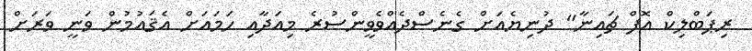
ރިޕަބްލިކް އޮފް ޗައިނާ" ދުނިޔެއަށް ގެނެސްދެއްވެވީންސުރެ މިއަދާއި ހަމައަށް އެޤައުމުން ވަނީ ވަރަށް